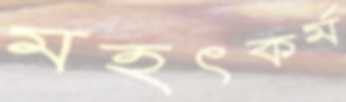
মহৎকর্ম